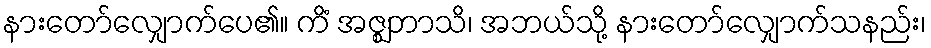
နားတော်လျှောက်ပေ၏။ ကိံ အဇ္ဈဘာသိ၊ အဘယ်သို့ နားတော်လျှောက်သနည်း၊